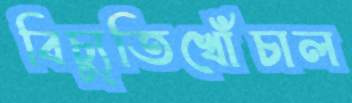
বিচ্যুতিখোঁচাল